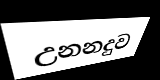
උනනදුව